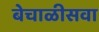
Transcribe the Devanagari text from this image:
बेचाळीसवा